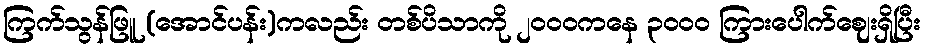
ကြက်သွန်ဖြူ (အောင်ပန်း)ကလည်း တစ်ပိသာကို ၂၀၀၀ကနေ ၃၀၀၀ ကြားပေါက်ဈေးရှိပြီး